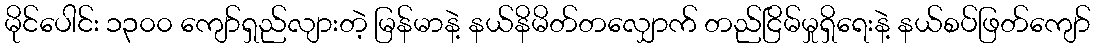
မိုင်ပေါင်း ၁၃၀၀ ကျော်ရှည်လျားတဲ့ မြန်မာနဲ့ နယ်နိမိတ်တလျှောက် တည်ငြိမ်မှုရှိရေးနဲ့ နယ်စပ်ဖြတ်ကျော်